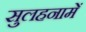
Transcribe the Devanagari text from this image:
सुलहनामें